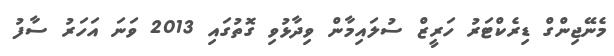
މެނޭޖިންގް ޑިރެކްޓަރު ހަރީޒް ސުލައިމާން ވިދާޅުވި ގޮތުގައި 2013 ވަނަ އަހަރު ސާފު